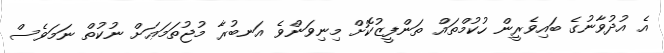
އެ އުދުވާނުގެ ބައިވެރީން ހުކުމްތައް ތަންފީޒުކޮށް މިނިވަންވެ އަނބުރާ މުޖުތަމަޢަަށް ނުކުތް ނަމަވެސް